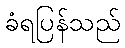
ခံရပြန်သည်